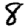
Digit: 8